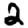
Digit: 2